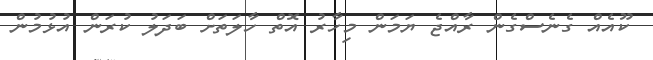
ކޫއެއް ގެނެސްގެން ރާއްޖެ ޔަމަން މިހާރު އޮތް ހާލަތަށް ބަދަލު ކުރަން އުޅުމުން